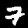
Digit: 7